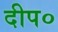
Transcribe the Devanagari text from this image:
दीप०